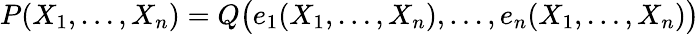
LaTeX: P(X_{1},\ldots,X_{n})=Q{\big(}e_{1}(X_{1},\ldots,X_{n}),\ldots,e_{n}(X_{1},\ldots,X_{n}){\big)}